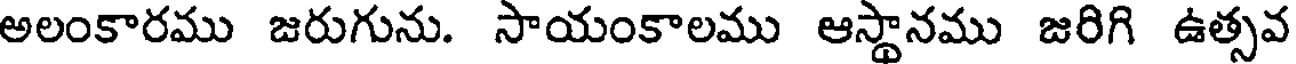
అలంకారము జరుగును. సాయంకాలము ఆస్థానము జరిగి ఉత్సవ